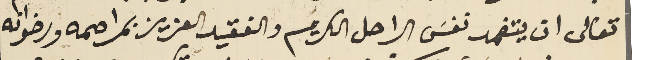
تعالى ان يتغمد نفسَ الراحل الكريم والفقيد العزيز بمراحمه ورضوانه